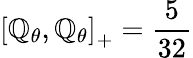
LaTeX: \left[\mathbb{Q}_{\theta},\mathbb{Q}_{\theta}\right]_{+}=\frac{{5}}{{32}}